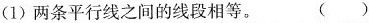
(1)两条平行线之间的线段相等。 ( )